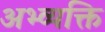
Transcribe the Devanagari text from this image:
अभ्व्यक्ति